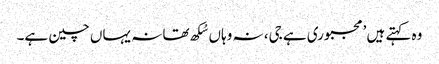
وہ کہتے ہیں ’مجبوری ہے جی، نہ وہاں سُکھ تھا نہ یہاں چین ہے۔